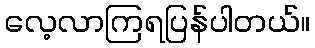
လေ့လာကြရပြန်ပါတယ်။